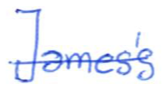
Text: James's
Cross-out: single-line
Writing tool: ballpoint